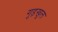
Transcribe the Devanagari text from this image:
गुड़खुल